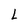
Character: L